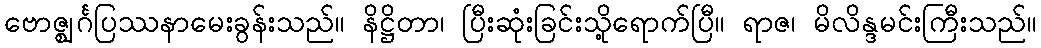
ဗောဇ္ဈင်္ဂပြဿနာမေးခွန်းသည်။ နိဋ္ဌိတာ၊ ပြီးဆုံးခြင်းသို့ရောက်ပြီ။ ရာဇ၊ မိလိန္ဒမင်းကြီးသည်။